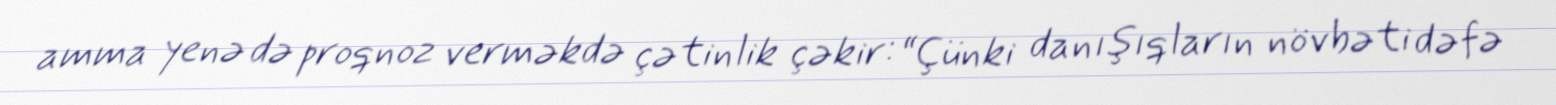
amma yenə də proqnoz verməkdə çətinlik çəkir: “Çünki danışıqların növbəti dəfə